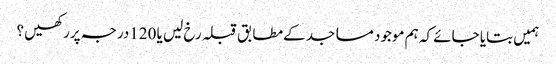
ہمیں بتایا جائے کہ ہم موجود مساجد کےمطابق قبلہ رخ لیں یا 120درجہ پررکھیں ؟